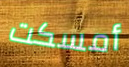
أمسكت